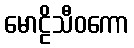
မောဠိသီဝကော